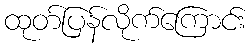
ထုတ်ပြန်လိုက်ကြောင်း